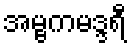
အမ္ဗကမဒ္ဒရီ